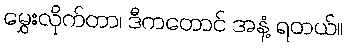
မွှေးလိုက်တာ၊ ဒီကတောင် အနံ့ ရတယ်။